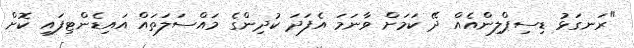
"ރަނގަޅު ޑިސިޕްލިންއެއް ދޭ ކަމަށް ވާނަމަ އެފަދަ ކުދިންގެ މައްސަލަތައް އައިޑެންޓިފައި ކޮށް